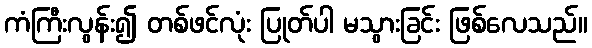
ကံကြီးလွန်း၍ တစ်ဖင်လုံး ပြုတ်ပါ မသွားခြင်း ဖြစ်လေသည်။